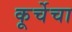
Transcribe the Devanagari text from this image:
कूर्चेचा